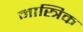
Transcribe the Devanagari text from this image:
मास्त्रिक